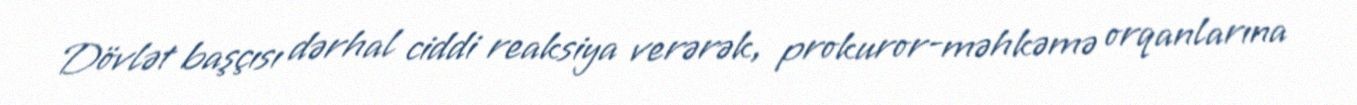
Dövlət başçısı dərhal ciddi reaksiya verərək, prokuror-məhkəmə orqanlarına